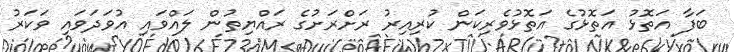
ބަފާ އަތޮޅު އަތޮޅުގެ އަތޮޅުވެރިކަން ކުރިއިރު ރަށްރަށުގެ ރައްޔިތުން ލައްވައި އުވަދަވައި ވަކަރު